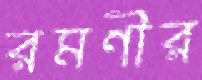
রমণীর